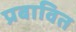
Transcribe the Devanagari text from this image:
प्रबावित